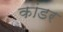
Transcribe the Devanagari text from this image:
कांडर